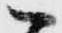
へ